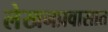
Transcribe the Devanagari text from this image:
लेखनप्रवासात